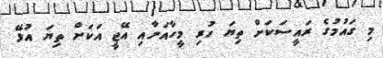
މި ގައުމުގެ ރައީސަކަށް ތިޔަ ހުރި މީހާއަށާއި އޭޖީ އަކަށް ތިޔަ އުޅޭ